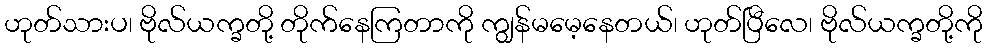
ဟုတ်သားပ၊ ဗိုလ်ယက္ခတို့ တိုက်နေကြတာကို ကျွန်မမေ့နေတယ်၊ ဟုတ်ပြီလေ၊ ဗိုလ်ယက္ခတို့ကို